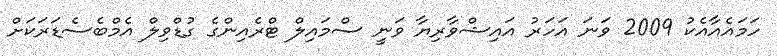
ހަމައެއާއެކު 2009 ވަނަ އަހަރު އައިޝްވާރިޔާ ވަނީ ސްމައިލް ޓްރެއިންގެ ގުޑްވިލް އެމްބެސެޑަރަކަށް